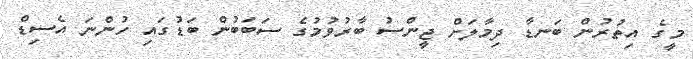
މީގެ އިތުރުން ބަނޑާ ދިމާލަށް ޖީންސު ބާރުވުމުގެ ސަބަބުން ބަޑުގައި ހުންނަ އެސިޑް